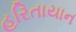
હરિતાયાન